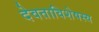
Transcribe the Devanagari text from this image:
देवताविशेषस्य